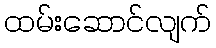
ထမ်းဆောင်လျက်